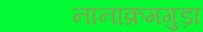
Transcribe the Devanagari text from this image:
नानाक्रमगुड़ा